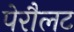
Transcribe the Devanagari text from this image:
पेरौलट